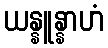
ယန္နူန္နာဟံ